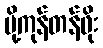
ပို့ကုန်တန်ဖိုး